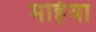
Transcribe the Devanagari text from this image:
महिया